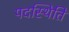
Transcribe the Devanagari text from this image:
पदस्थिति